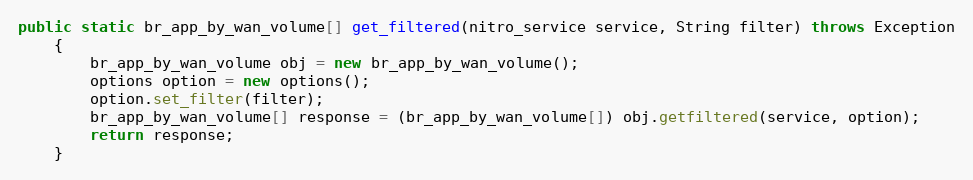
Language: Java
public static br_app_by_wan_volume[] get_filtered(nitro_service service, String filter) throws Exception
	{
		br_app_by_wan_volume obj = new br_app_by_wan_volume();
		options option = new options();
		option.set_filter(filter);
		br_app_by_wan_volume[] response = (br_app_by_wan_volume[]) obj.getfiltered(service, option);
		return response;
	}